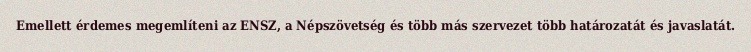
Emellett érdemes megemlíteni az ENSZ, a Népszövetség és több más szervezet több határozatát és javaslatát.